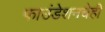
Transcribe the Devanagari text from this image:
फाउंडेशनचेही